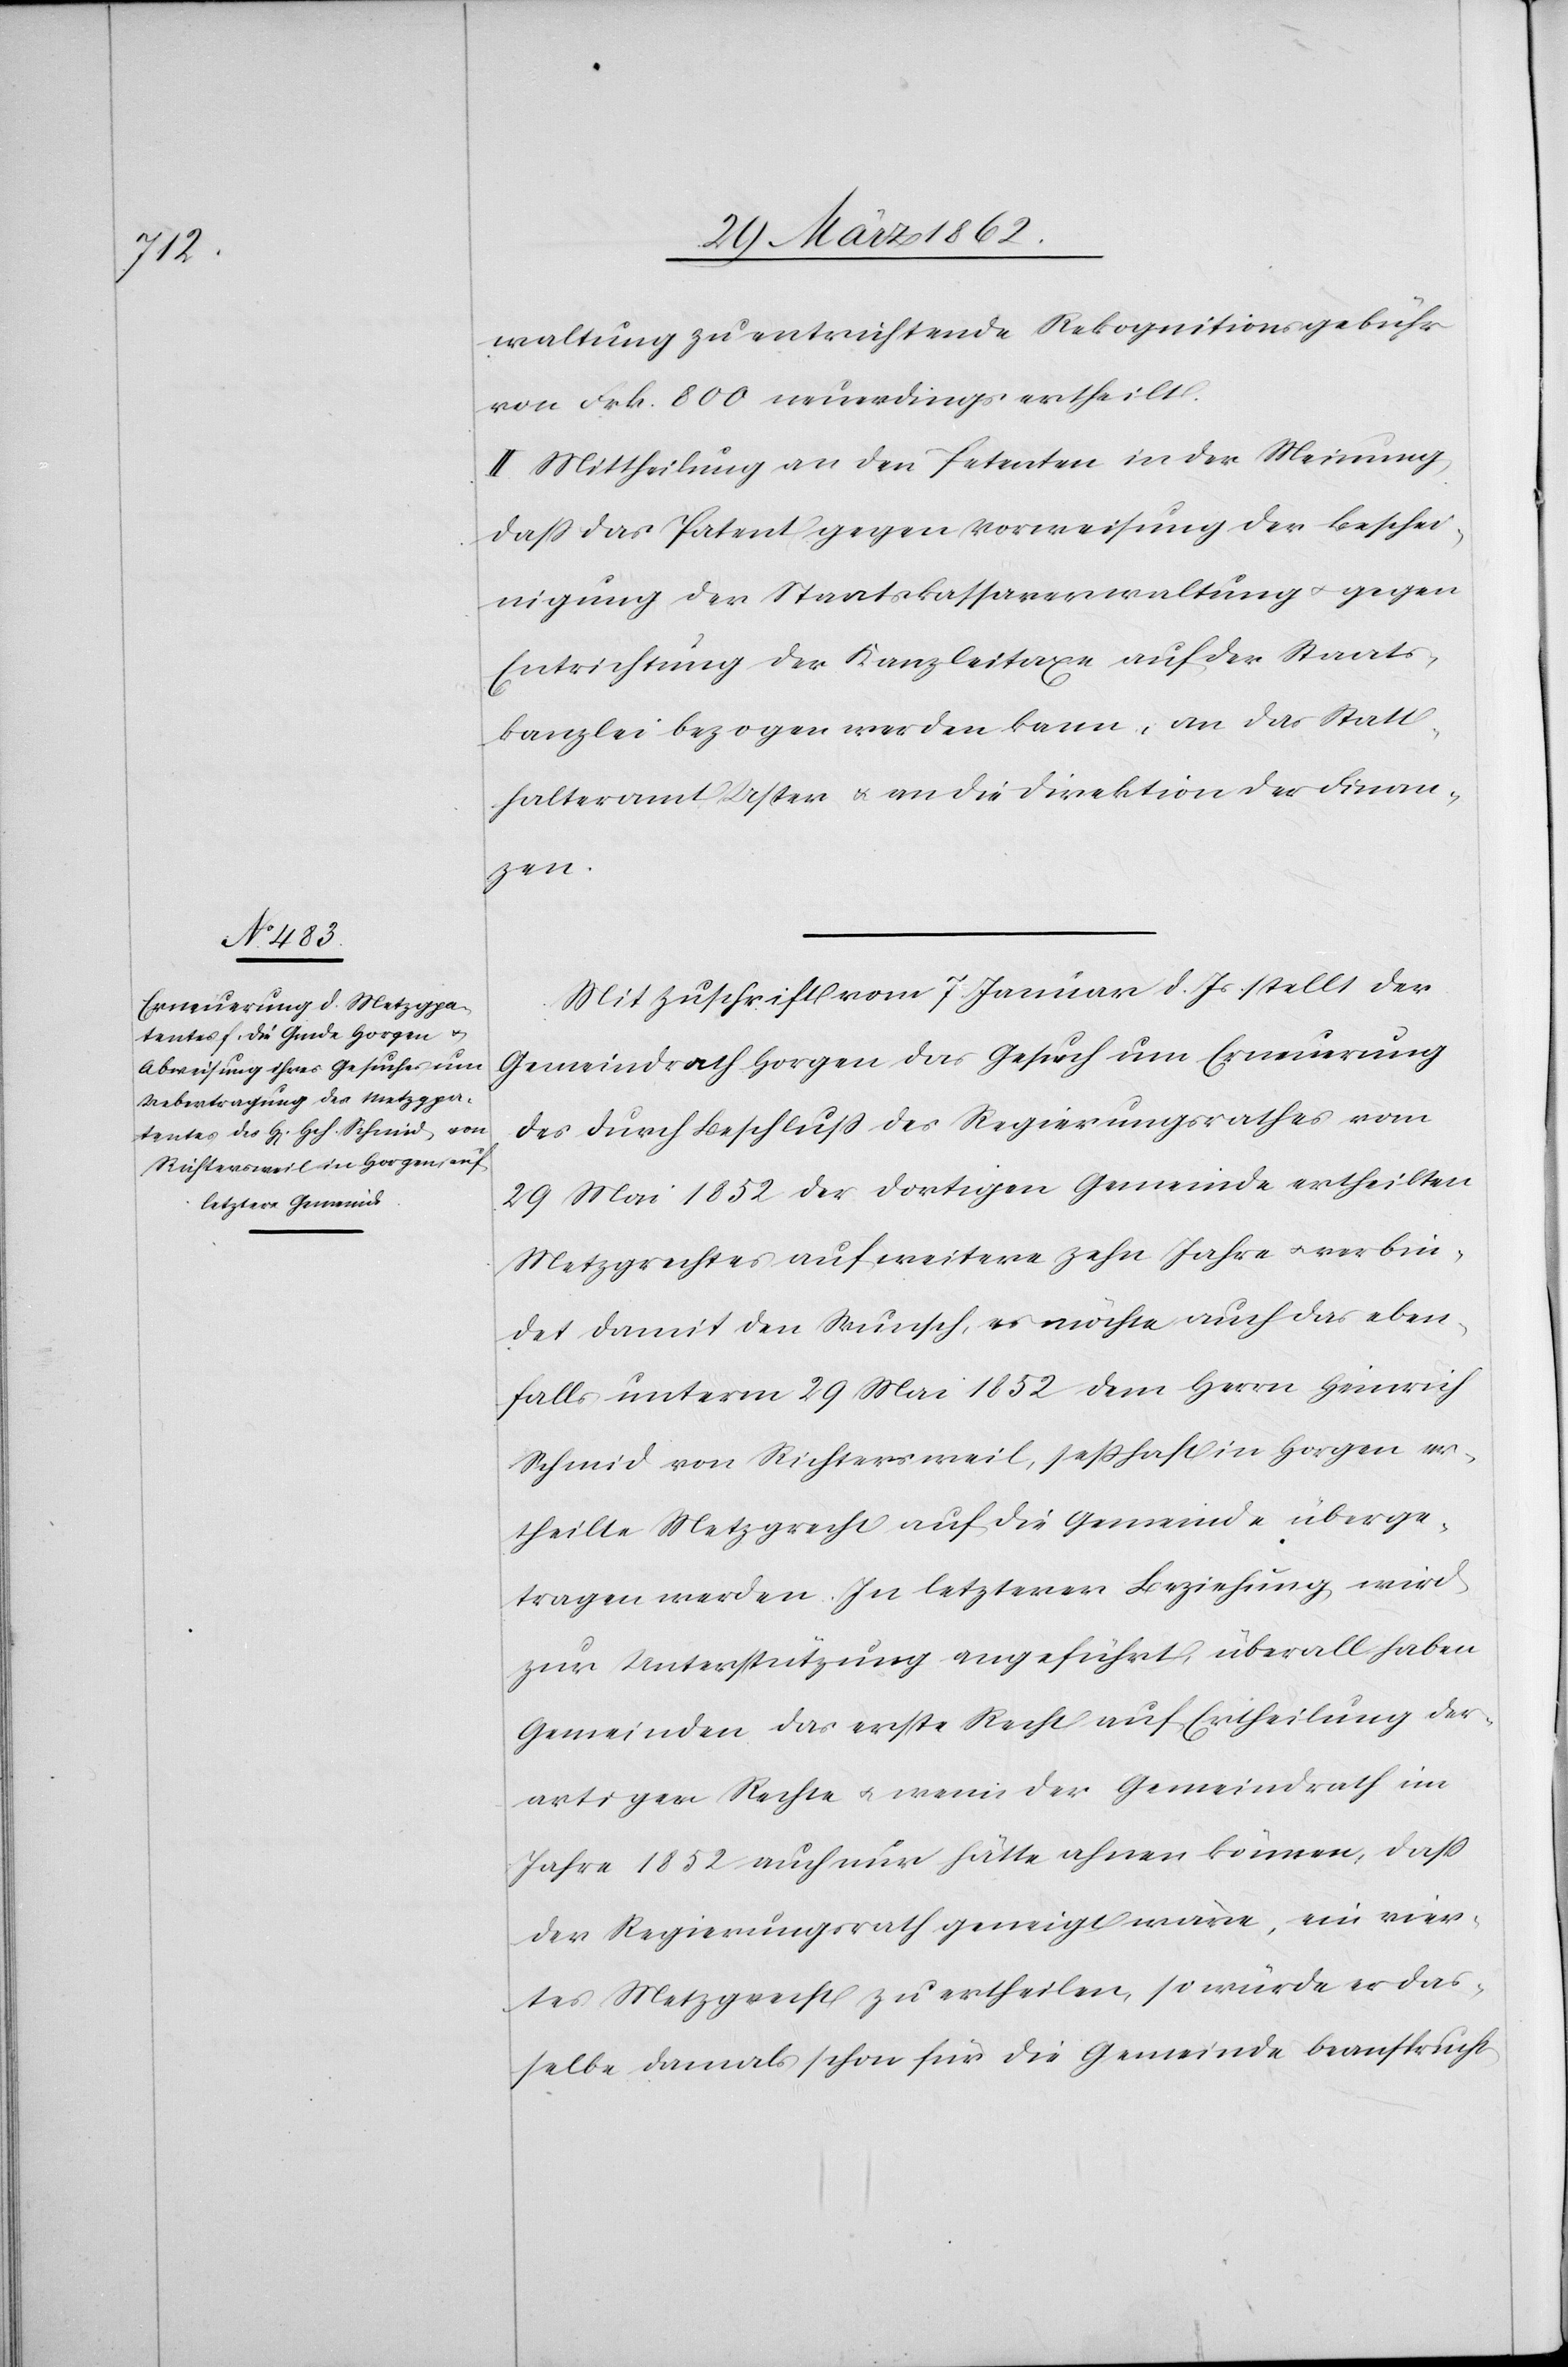
waltung zu entrichtende Rekognitionsgebühr
von Frk. 800 neuerdings ertheilt.
II. Mittheilung an den Petenten in der Meinung,
daß das Patent gegen Vorweisung der Beschei¬
nigung der Staatskassaverwaltung u. gegen
Entrichtung der Kanzleitaxe auf der Staats¬
kanzlei bezogen werden kann, an das Statt¬
halteramt Uster u. an die Direktion der Finan¬
zen.
Mit Zuschrift vom 7. Januar d. Js. stellt der
Gemeindrath Horgen das Gesuch um Erneuerung
des durch Beschluß des Regierungsrathes vom
29 Mai 1852 der dortigen Gemeinde ertheilten
Metzgrechtes auf weitere zehn Jahre u. verbin¬
det damit den Wunsch, es möchte auch das eben¬
falls unterm 19 Mai 1852 dem Herrn Heinrich
Schmid von Richtersweil, seßhaft in Horgen er¬
theilte Metzgrecht auf die Gemeinde überge¬
tragen werden. In letzterer Beziehung wird
zur Unterstützung angeführt, überall haben
Gemeinden das erste Recht auf Ertheilung der¬
artiger Rechte u. wenn der Gemeindrath im
Jahre 1852 auch nur hätte ahnen können, daß
der Regierungsrath geneigt wäre, ein vier¬
tes Metzgrecht zu ertheilen, so würde er das¬
selbe damals schon für die Gemeinde beansprucht